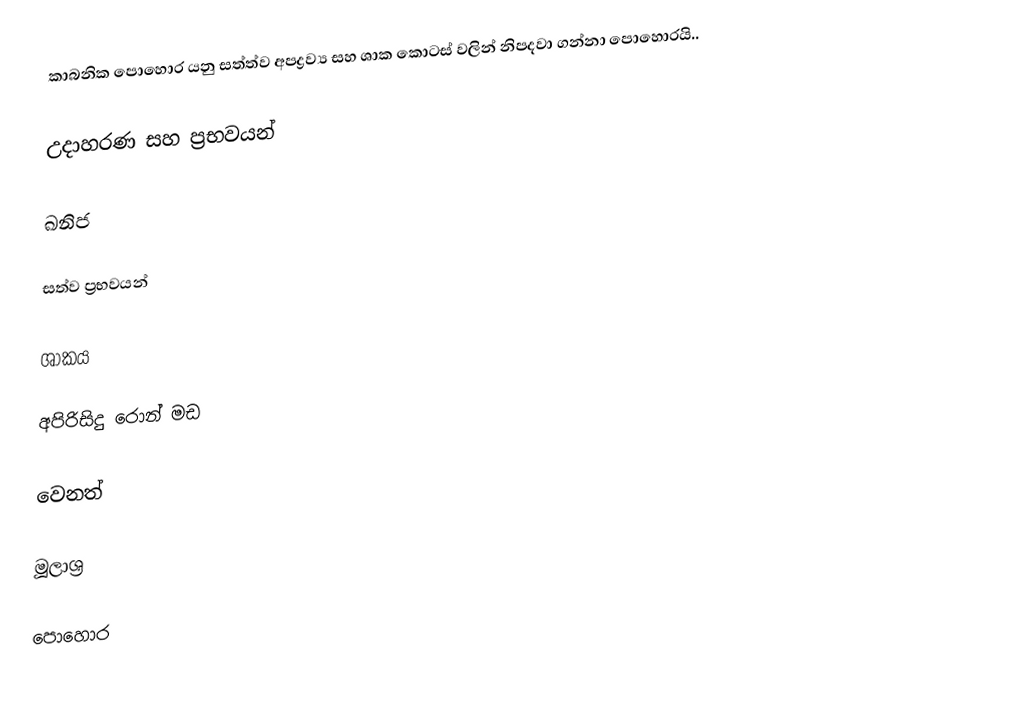
කාබනික පොහොර යනු සත්ත්ව අපද්‍රව්‍ය සහ ශාක කොටස් වලින් නිපදවා ගන්නා පොහොරයි..

උදාහරණ සහ ප්‍රභවයන්

ඛනිජ

සත්ව ප්‍රභවයන්

ශාකය

අපිරිසිදු රොන් මඩ

වෙනත්

මූලාශ්‍ර

පොහොර